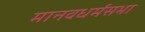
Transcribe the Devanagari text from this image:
मानवधर्मसभा